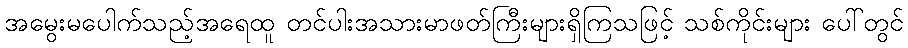
အမွေးမပေါက်သည့်အရေထူ တင်ပါးအသားမာဖတ်ကြီးများရှိကြသဖြင့် သစ်ကိုင်းများ ပေါ်တွင်